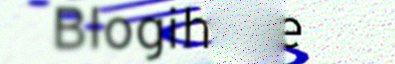
Blogih Yle